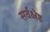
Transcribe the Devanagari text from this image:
सर्वक्ष्रेष्ठ